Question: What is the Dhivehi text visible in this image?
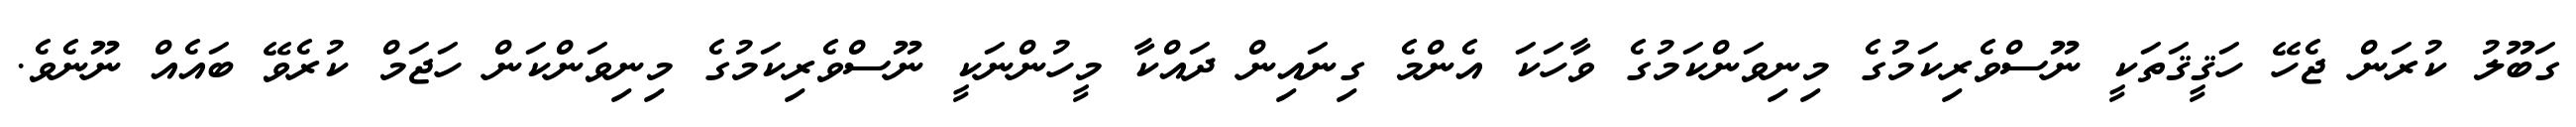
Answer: ގަބޫލު ކުރަން ޖެހޭ ހަޤީޤަތަކީ ނޫސްވެރިކަމުގެ މިނިވަންކަމުގެ ވާހަކަ އެންމެ ގިނައިން ދައްކާ މީހުންނަކީ ނޫސްވެރިކަމުގެ މިނިވަންކަން ހަޖަމް ކުރެވޭ ބައެއް ނޫނެވެ.